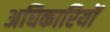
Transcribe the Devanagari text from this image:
अघिकारियों